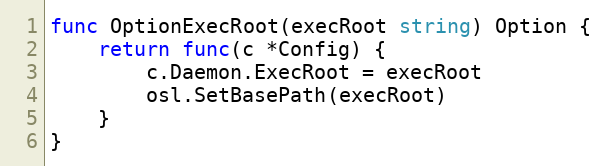
Language: Go
func OptionExecRoot(execRoot string) Option {
	return func(c *Config) {
		c.Daemon.ExecRoot = execRoot
		osl.SetBasePath(execRoot)
	}
}